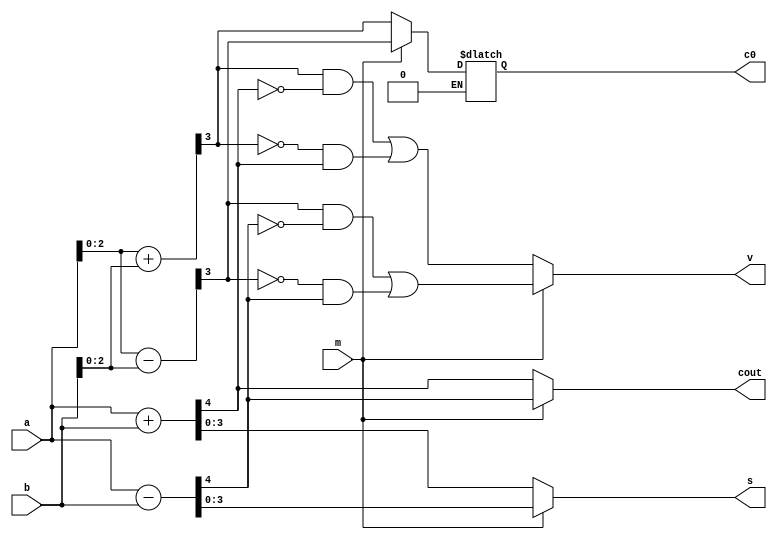
module SignedAddSub(a, b, m, s, v, cout, c0);
input [3:0]a, b;
input m;
output [3:0]s;
output v;
output cout;
output c0;
reg [3:0]s;
reg [2:0]s0;
reg v;
reg cout;
reg c0;

always @* begin
    if (m == 1'b0) begin
        {cout, s} = a + b;
        {c0, s0} = a[2:0] + b[2:0]; 
        v = (c0 & ~cout) | (~c0 & cout);
    end
    else if (m == 1'b1) begin
        {cout, s} = a - b;
        {c0, s0} = a[2:0] - b[2:0]; 
        v = (c0 & ~cout) | (~c0 & cout);
    end
    else begin
        s = 4'b1111;
        v = 1'b1;
        cout = 1'b1;
    end
end
endmodule